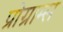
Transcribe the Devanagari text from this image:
प्रोग्राम्‍स